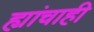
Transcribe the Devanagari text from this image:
ह्यांचाही